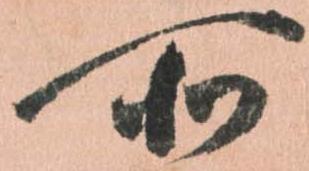
所